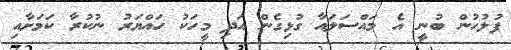
ފުލުހުން ބުނީ އެ މައްސަލައާ ގުޅިގެން އަދި މީހަކު ހައްޔަރު ނުކުރާ ކަމަށާއި